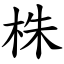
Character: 株